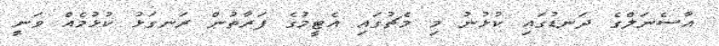
އާސެނަލްގެ ދަނޑުގައި ކުޅުނު މި މެޗުގައި އެޓީމުގެ ފަރާތުން ރަނގަޅު ކުޅުމެއް ވަނީ